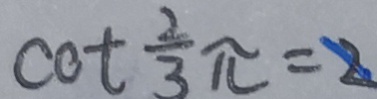
\cot \frac { 2 } { 3 } \pi = 2